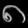
Digit: ၈